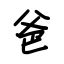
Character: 爸